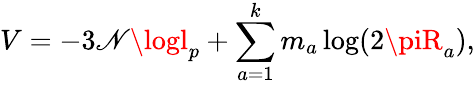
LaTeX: V=-3\mathscr{N}\logl_{p}+\sum_{a=1}^{k}m_{a}\log(2\piR_{a}),